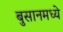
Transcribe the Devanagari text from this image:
बुसानमध्ये